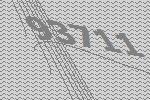
93711